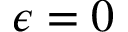
\epsilon = 0